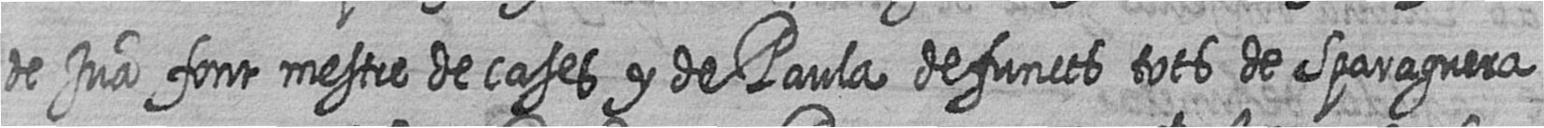
de Jua font mestre de cases y de Paula defuncts tots de Sparaguera